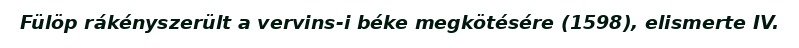
Fülöp rákényszerült a vervins-i béke megkötésére (1598), elismerte IV.